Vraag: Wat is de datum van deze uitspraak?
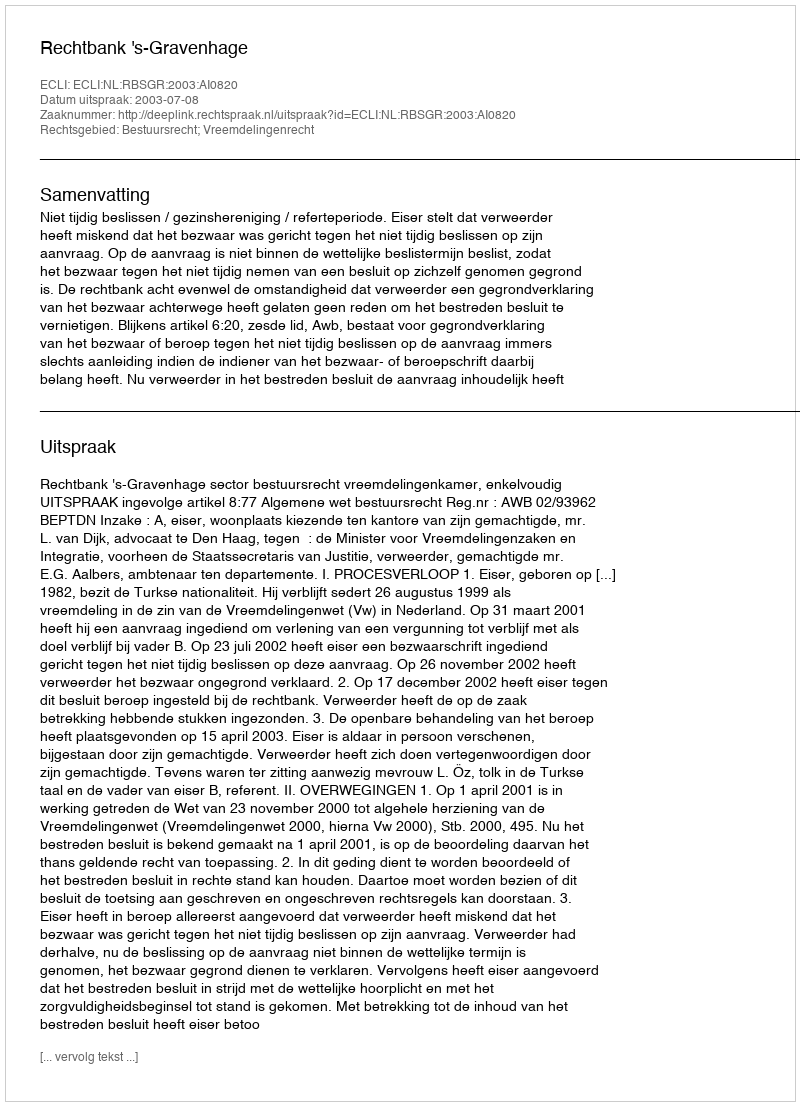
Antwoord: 2003-07-08